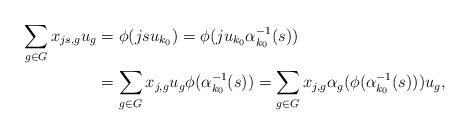
LaTeX: \begin{align*}\sum_{g\in G}x_{js,g}u_g&=\phi(jsu_{k_0})=\phi(ju_{k_0}\alpha_{k_0}^{-1}(s))\\&=\sum_{g\in G}x_{j,g}u_g\phi(\alpha_{k_0}^{-1}(s))=\sum_{g\in G}x_{j,g}\alpha_g(\phi(\alpha_{k_0}^{-1}(s)))u_g,\end{align*}